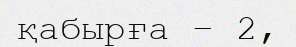
қабырға – 2,